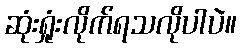
ဆုံးရှုံးလိုက်ရသလိုပါပဲ။